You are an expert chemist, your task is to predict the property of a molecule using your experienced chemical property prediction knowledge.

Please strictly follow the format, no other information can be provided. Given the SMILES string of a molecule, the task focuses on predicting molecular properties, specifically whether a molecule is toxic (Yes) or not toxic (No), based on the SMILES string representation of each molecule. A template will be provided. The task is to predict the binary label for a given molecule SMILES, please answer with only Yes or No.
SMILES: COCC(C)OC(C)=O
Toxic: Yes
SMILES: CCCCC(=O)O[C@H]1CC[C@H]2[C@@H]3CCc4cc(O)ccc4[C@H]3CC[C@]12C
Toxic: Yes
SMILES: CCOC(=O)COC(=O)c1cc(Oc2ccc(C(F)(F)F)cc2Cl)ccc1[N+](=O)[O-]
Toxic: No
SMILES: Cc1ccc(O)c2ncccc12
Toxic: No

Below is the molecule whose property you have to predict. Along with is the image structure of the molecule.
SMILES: OCc1ccccc1
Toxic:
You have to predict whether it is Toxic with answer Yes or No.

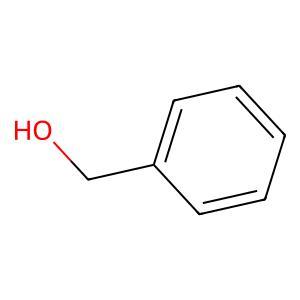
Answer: No